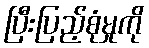
ပြီးပြည့်စုံမှုကို